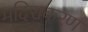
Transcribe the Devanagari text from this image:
मदिराकरण